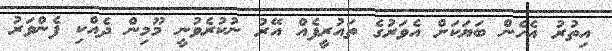
އިތުރު އެހެން ބަޔަކަށް އެވަރުގެ ތައުރީފެއް އޭރު ނުކުރެވުނީ މޫމިން ދެއްކި ފެންވަރު